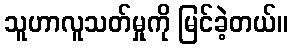
သူဟာလူသတ်မှုကို မြင်ခဲ့တယ်။